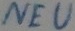
Text: NEU